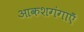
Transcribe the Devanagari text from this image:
आकशगंगाएँ